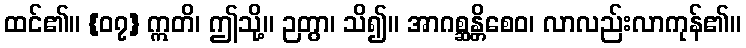
ထင်၏။ {၀၇} ဣတိ၊ ဤသို့။ ဉတွာ၊ သိ၍။ အာဂစ္ဆန္တိစေဝ၊ လာလည်းလာကုန်၏။